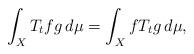
LaTeX: \begin{align*}\int_X T_t f g\, d\mu =\int_X fT_t g\,d\mu,\end{align*}